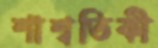
শাশ্বতিকী